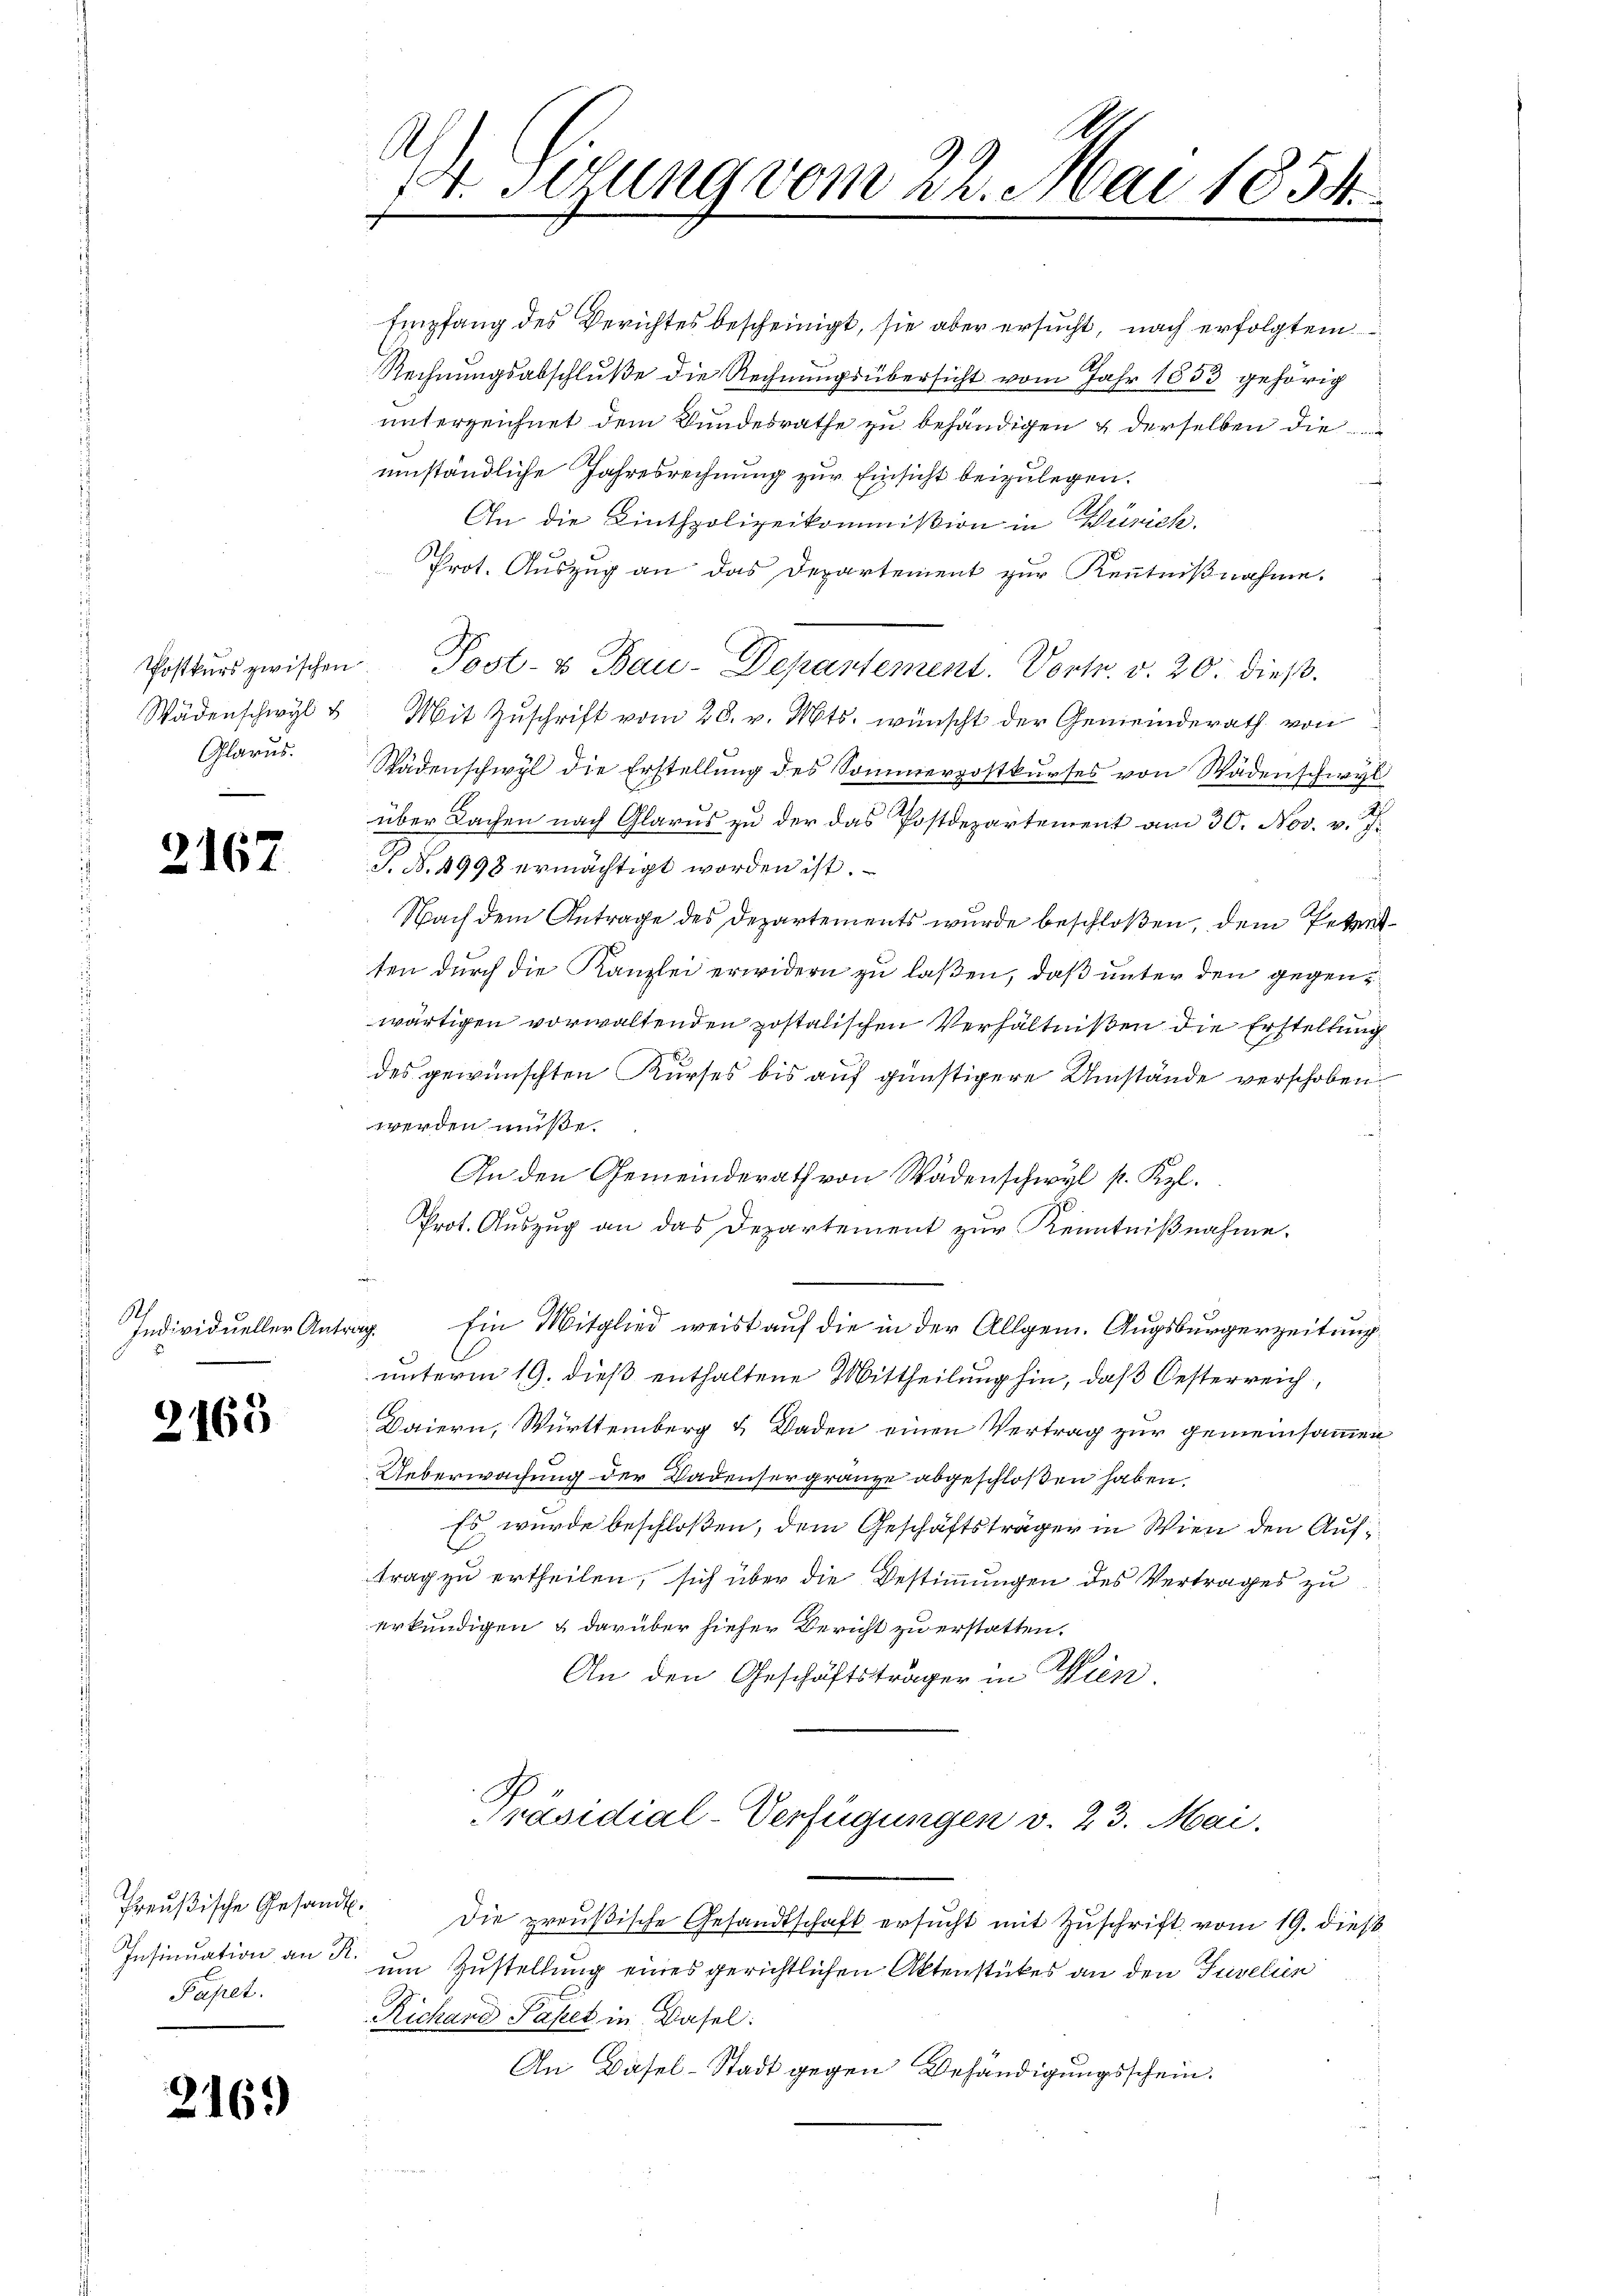
Wädenschwyl
Glarus.

2167

S
Individueller Antra

2163

Preußische Gesandt
Insinuation an R.
Papet.

216.

A
9
1. Setzung vom 22. Mai 1854.
i

Empfang des Berichtes bescheinigt, sie aber ersucht, nach erfolgtem
Rechnungsabschluße die Rechnungsübersicht vom Jahr 1853 gehörig
unterzeichnet dem Bundesrathe zu behändigen & derselben die
umständliche Jahresrechnung zur Einsicht beizulegen.
An die Linthpolizeikommißion in Zürich.
Prot. Auszug an das Departement zur Kenntnißnahme.
Postkŭrs zwischen Post- u Bau-Departement. Vortr. v. 20. dieß.
Mit Zuschrift vom 28. v. Mts. wünscht der Gemeinderath von
Rädenschwyl die Erstellung des Sommerpostkŭrses von Wädenschwyl
über Sachen nach Glarus zu der das Postdepartement am 30. Nov. v. J.
S. N. 4998 ermächtigt worden ist.
Nach dem Antrage des Departements wurde beschloßen, dem Petent
ten durch die Kanzlei erwidern zu laßen, daß unter den gegenwärtigen vorwaltenden postalischen Verhältnißen die Erstellung
des gewünschten Kurses bis auf günstigere Umstände verschoben
werden müße.
An den Gemeinderath von Wädenschwyl p. Kzl.
Prot. Auszug an das Departement zur Kenntnißnahme.
g. Ein Mitglied weist auf die in der Allgem. Augsburgerzeitung
unterm 19. dieß enthaltene Mittheilung hin, daß Oesterreich,
Baiern, Württemberg & Baden einen Vertrag zur gemeinsammen
Ueberwachung der Badensergränze abgeschloßen haben.
Es wurde beschloßen, dem Geschäftsträger in Wien den Auftrag zu ertheilen, sich über die Bestimmungen des Vertrages zu
erkundigen & darüber hieser Bericht zu erstatten.
An den Geschäftsträger in Win
G
Präsidial-Verfügungen v. 23. Mai.
5
Die preußische Gesandtschaft ersucht mit Zuschrift vom 19. dieß
um Zustellung eines gerichtlichen Aktenstückes an den Tavelien
Richard Paket in Basel.
An Basel-Stadt gegen Behändigungsschein.